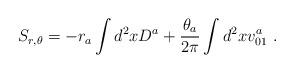
LaTeX: \begin{align*}S_{r, \theta}=-r_a\int d^2x D^a+{\theta_a\over 2 \pi} \int d^2 xv_{01}^a\ .\end{align*}